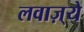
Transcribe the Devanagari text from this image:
लवाज़्ये